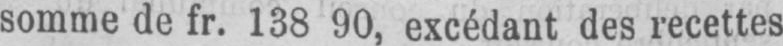
somme de fr. 138 90, excédant des recettes